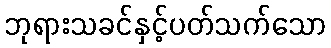
ဘုရားသခင်နှင့်ပတ်သက်သော